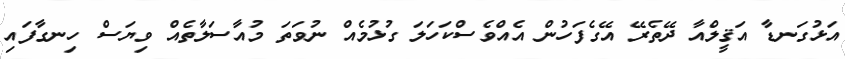
އަޅުގަނޑާ އަޤީލްއާ ދޭތެރޭ އޭގެފަހުން އެއްވެސްކަހަލަ ގުޅުމެއް ނުވަތަ މުއާސަލާތެއް ވިޔަސް ހިނގާފައި